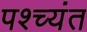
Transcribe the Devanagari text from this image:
पश्च्यंत